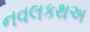
નવલકથઅ